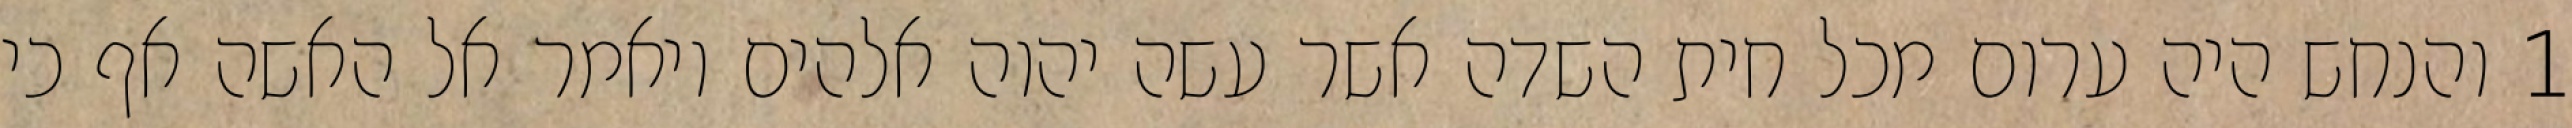
1 והנחש היה ערום מכל חית השדה אשר עשה יהוה אלהים ויאמר אל האשה אף כי